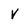
Character: v